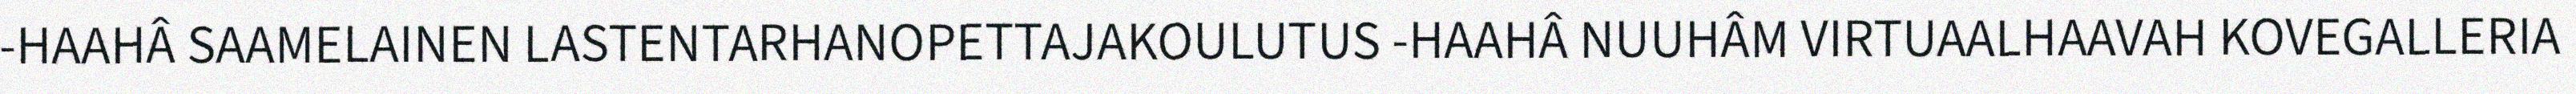
-HAAHÂ SAAMELAINEN LASTENTARHANOPETTAJAKOULUTUS -HAAHÂ NUUHÂM VIRTUAALHAAVAH KOVEGALLERIA